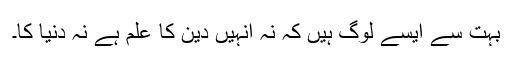
بہت سے ایسے لوگ ہیں کہ نہ انہیں دین کا علم ہے نہ دنیا کا۔